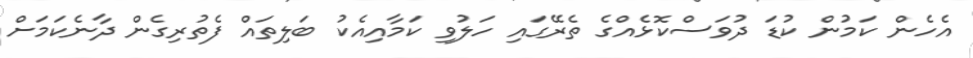
އެހެން ކަމުން ކުޑަ ދުވަސްކޮޅެއްގެ ތެރޭގައި ހަލުވި ކަމާއިއެކު ބަލިތައް ފެތުރިގެން ދާނެކަމަށް